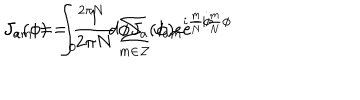
LaTeX: J _ { a } ( \phi ) = \frac { 1 } { 2 \pi N } \sum _ { m \in \cal { Z } } J _ { a m } e ^ { - i \frac { m } { N } \phi } \hspace { 1 0 m m } J _ { a m } = \int _ { 0 } ^ { 2 \pi N } d \phi J _ { a } ( \phi ) e ^ { i \frac { m } { N } \phi }